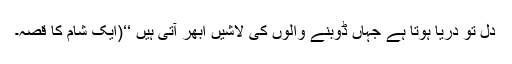
دل تو دریا ہوتا ہے جہاں ڈوبنے والوں کی لاشیں ابھر آتی ہیں ‘‘(ایک شام کا قصہ۔